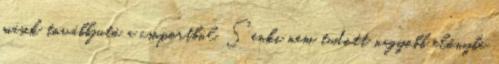
másik továbbjutó a csoportból. Senki nem tudott nagyobb előnybe